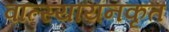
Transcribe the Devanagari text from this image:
वात्स्यायनकृत